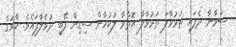
ސަވާނާ ދެފައި ތަޅުވާލަ ތަޅުވާލާ އޮތްވާ ލުކުމާން ސިޑިން ފޭބީ ދުވެލާފައެވެ. ކާރުގެ